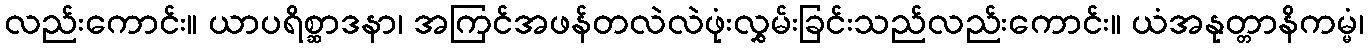
လည်းကောင်း။ ယာပရိစ္ဆာဒနာ၊ အကြင်အဖန်တလဲလဲဖုံးလွှမ်းခြင်းသည်လည်းကောင်း။ ယံအနုတ္တာနိကမ္မံ၊